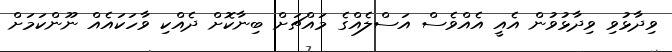
ވިދާޅުވި ވިދާޅުވުން އެއީ އެއްވެސް އަސްލެއްގެ މައްޗަށް ބިނާކޮށް ދެއްކި ވާހަކައެއް ނޫންކަމަށް